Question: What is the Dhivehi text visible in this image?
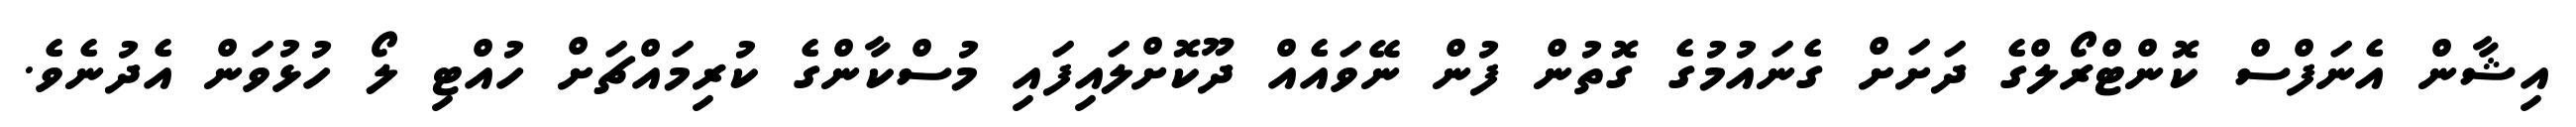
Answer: އިޝާން އެނަފްސް ކޮންޓްރޯލްގެ ދަށަށް ގެނައުމުގެ ގޮތުން ފުން ނޭވައެއް ދޫކޮށްލައިފައި މުސްކާންގެ ކުރިމައްޗަށް ހުއްޓި ލޯ ހުޅުވަން އެދުނެވެ.